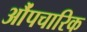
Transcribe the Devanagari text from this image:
औंपचारिक